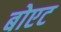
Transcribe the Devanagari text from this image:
बोएट